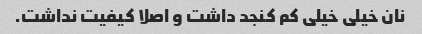
نان خیلی خیلی کم کنجد داشت و اصلا کیفیت نداشت.